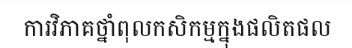
ការវិភាគថ្នាំពុលកសិកម្មក្នុងផលិតផល